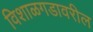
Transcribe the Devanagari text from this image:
विशाळगडावरील